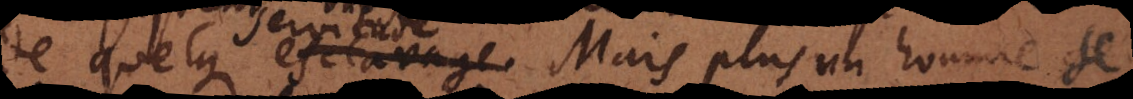
de quelque esclavage. Mais plus un homme se